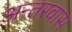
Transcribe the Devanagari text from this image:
अन्तरवास